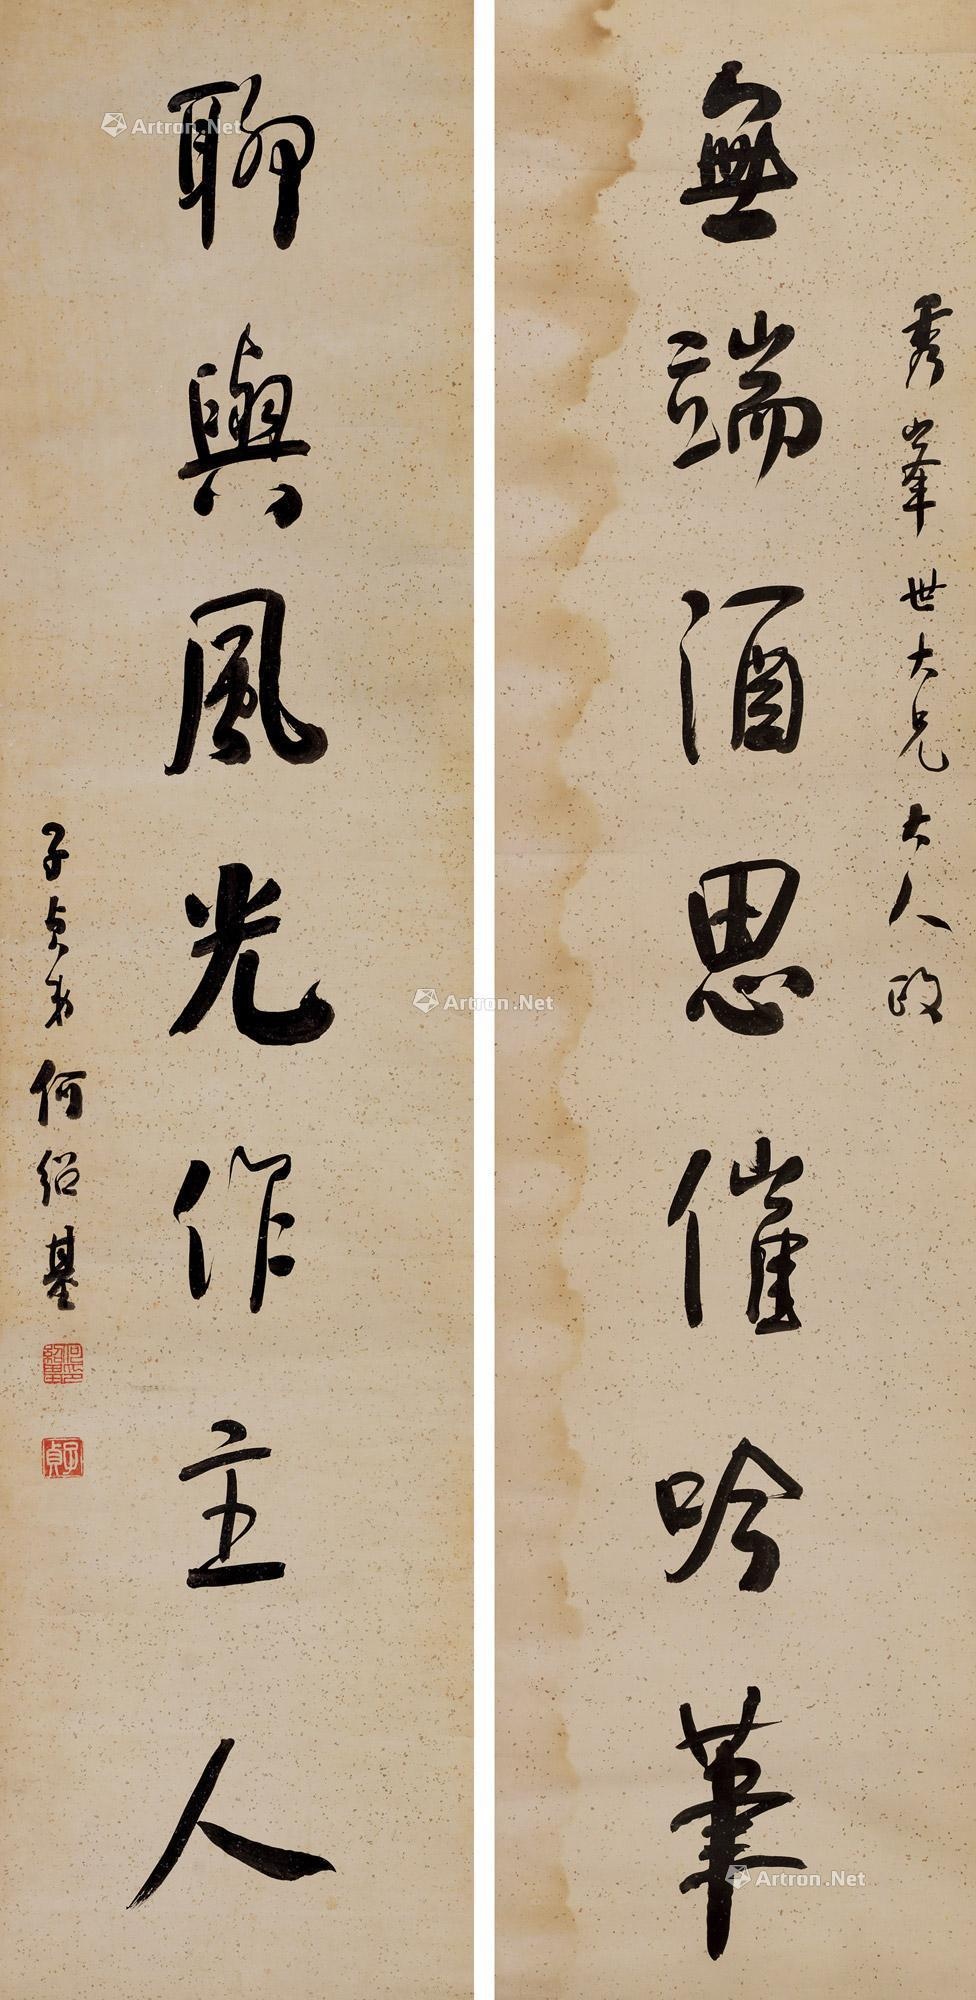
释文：无端酒思催吟笔，聊与风光作主人。秀峰世大兄大人政，子贞弟何绍基。